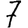
Digit: 7